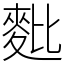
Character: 𪌈